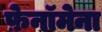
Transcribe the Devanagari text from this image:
फ़ेनॉमेना